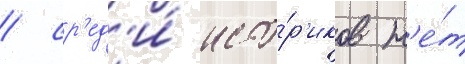
/ ср'ед'и́ исто́р'иков н'е́т